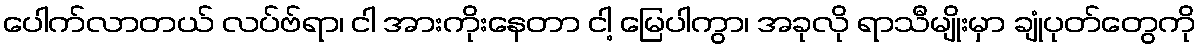
ပေါက်လာတယ် လပ်ဗ်ရာ၊ ငါ အားကိုးနေတာ ငါ့ မြေပါကွာ၊ အခုလို ရာသီမျိုးမှာ ချုံပုတ်တွေကို